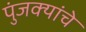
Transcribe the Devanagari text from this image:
पुंजक्यांचे